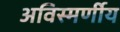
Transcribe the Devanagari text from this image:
अविस्मर्णीय